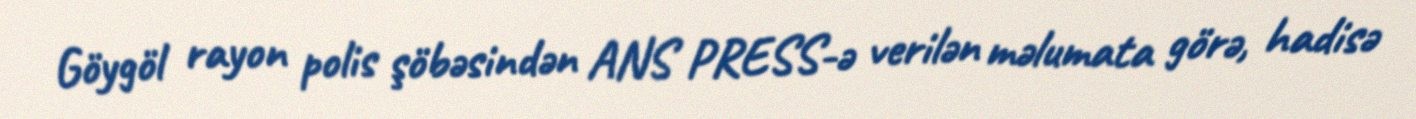
Göygöl rayon polis şöbəsindən ANS PRESS-ə verilən məlumata görə, hadisə